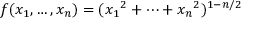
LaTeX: \, \! f ( x _ { 1 } , \dots , x _ { n } ) = ( { x _ { 1 } } ^ { 2 } + \cdots + { x _ { n } } ^ { 2 } ) ^ { 1 - n / 2 }